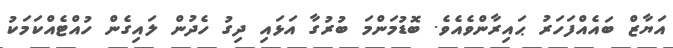
އަޔާޒް ބައެއްފަހަރު ޙައިރާންވެއެވެ. ބޮޑުމަންމަ ބުރުގާ އަޅައި ދިގު ހެދުން ލައިގެން ހުއްޓެއްކަމަކު